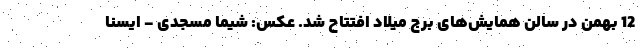
12 بهمن در سالن همایش‌های برج میلاد افتتاح شد. عکس: شیما مسجدی - ایسنا